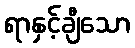
ရာနှင့်ချီသော